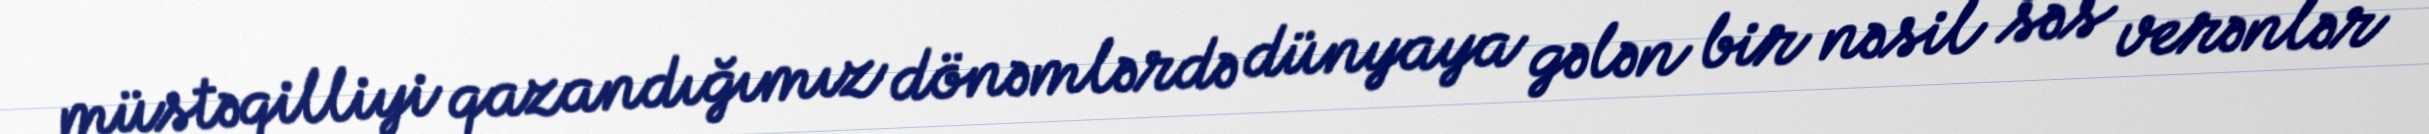
müstəqilliyi qazandığımız dönəmlərdə dünyaya gələn bir nəsil səs verənlər